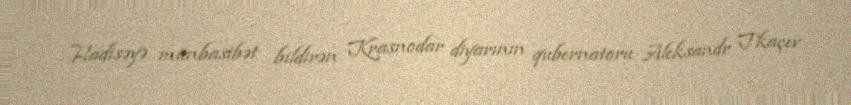
Hadisəyə münbasibət bildirən Krasnodar diyarının qubernatoru Aleksandr Tkaçev